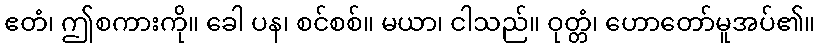
ဧတံ၊ ဤစကားကို။ ခေါ ပန၊ စင်စစ်။ မယာ၊ ငါသည်။ ဝုတ္တံ၊ ဟောတော်မူအပ်၏။